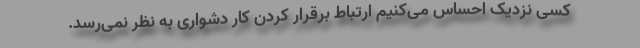
کسی نزدیک احساس می‌کنیم ارتباط برقرار کردن کار دشواری به نظر نمی‌رسد.